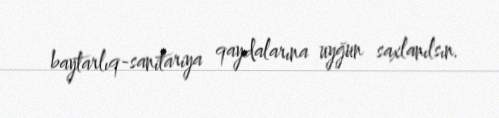
baytarlıq-sanitariya qaydalarına uyğun saxlanılsın.